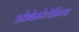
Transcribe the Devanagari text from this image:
ओबेस्पेचेनिया